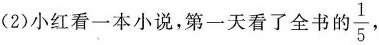
(2)小红看一本小说，第一天看了全书的 \frac{1}{5}，